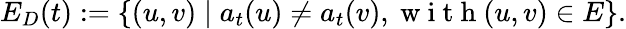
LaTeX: E_{D}(t):=\{ (u,v)\mid a_{t}(u)\neq a_{t}(v),\mathrm{~w~i~t~h~}(u,v)\in E\} .